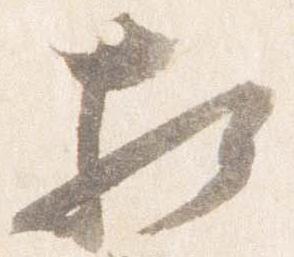
相